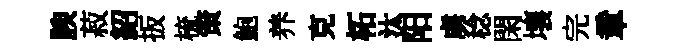
腴菽紹扳梳策鮑养克柘汰阳虜稔閑壤完章